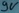
Text: 9v